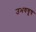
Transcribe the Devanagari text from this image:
उभयचूष